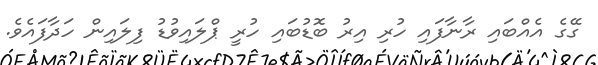
ގޭގެ އެއްބައި ރާނާފައި ހުރި އިރު ބޮޑުބައި ހުރީ ޕްލައިވުޑު ފިލައިން ހަދާފައެވެ.